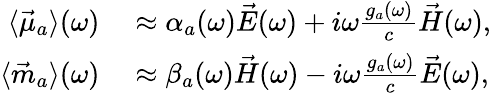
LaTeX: \begin{array}{rl}{\langle\vec{\mu}_{a}\rangle(\omega)}&{{}\approx\alpha_{a}(\omega)\vec{E}(\omega)+i\omega\frac{g_{a}(\omega)}{c}\vec{H}(\omega),}\\ {\langle\vec{m}_{a}\rangle(\omega)}&{{}\approx\beta_{a}(\omega)\vec{H}(\omega)-i\omega\frac{g_{a}(\omega)}{c}\vec{E}(\omega),}\end{array}